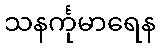
သနင်္ကုမာရေန